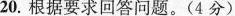
20. 根据要求回答问题。(4分)